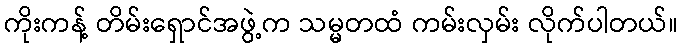
ကိုးကန့် တိမ်းရှောင်အဖွဲ့က သမ္မတထံ ကမ်းလှမ်း လိုက်ပါတယ်။